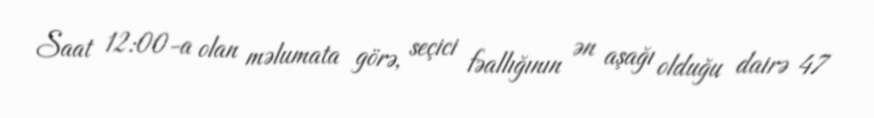
Saat 12:00-a olan məlumata görə, seçici fəallığının ən aşağı olduğu dairə 47